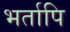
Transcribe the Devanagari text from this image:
भर्तापि